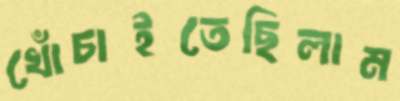
খোঁচাইতেছিলাম